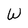
Character: W